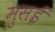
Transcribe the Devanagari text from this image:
मुसई